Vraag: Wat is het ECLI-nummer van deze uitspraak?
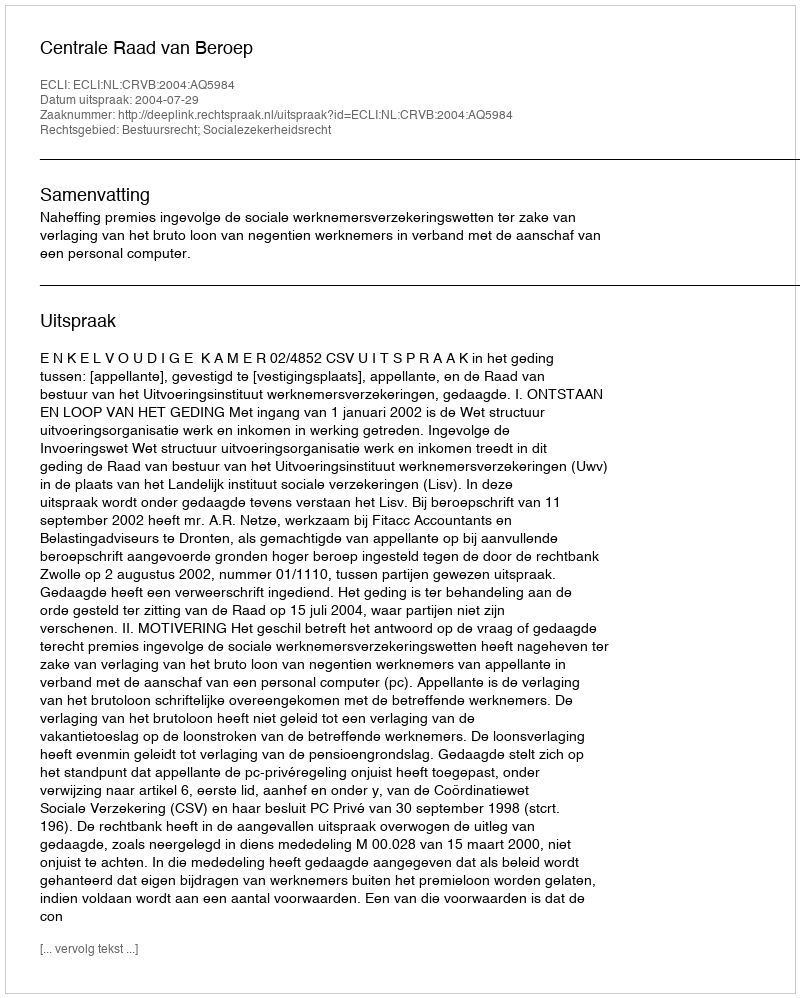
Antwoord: ECLI:NL:CRVB:2004:AQ5984